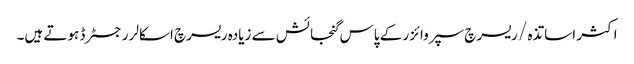
اکثر اساتذہ / ریسرچ سپروائزر کے پاس گنجائش سے زیادہ ریسرچ اسکالر رجسٹرڈ ہوتے ہیں۔